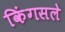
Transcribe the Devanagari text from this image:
किंगसले